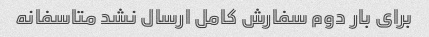
برای بار دوم سفارش کامل ارسال نشد متاسفانه